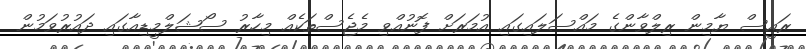
ރައީސް ޔާމިން ރިލްވާންގެ މައްސަލައިގައި އުމަރަށް ފޮނުއްވި މެޖެސްތަކެއް މިހާރު ސޯޝަލްމީޑިއާގައި ދައުރުވަމުން